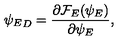
{ \psi _ { E } } _ { D } = { \frac { \partial { \cal F } _ { E } ( \psi _ { E } ) } { \partial \psi _ { E } } } ,